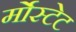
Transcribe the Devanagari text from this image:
र्मोस्टेट